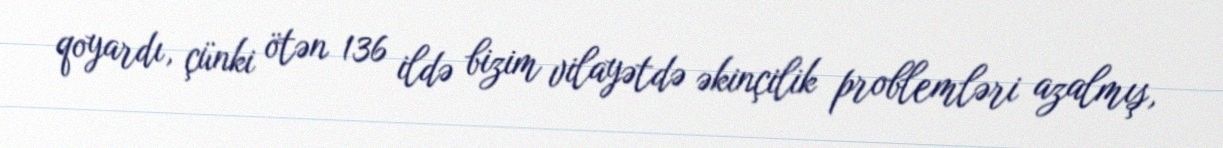
qoyardı, çünki ötən 136 ildə bizim vilayətdə əkinçilik problemləri azalmış,